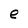
Character: e